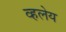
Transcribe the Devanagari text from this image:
व्हलेय